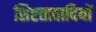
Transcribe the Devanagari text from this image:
शिष्टतावादियों